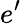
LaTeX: e^{\prime}